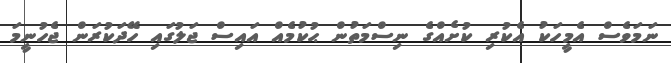
ނަމަވެސް އެމީހަކު އެކުރި ކުށެއްގެ ނިސްމަތުން ޙުކުމެއް އައިސް ޖަލުގައި ހޭދަކުރަން ޖެހުނީމަ